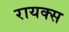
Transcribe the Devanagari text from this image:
रायक्स